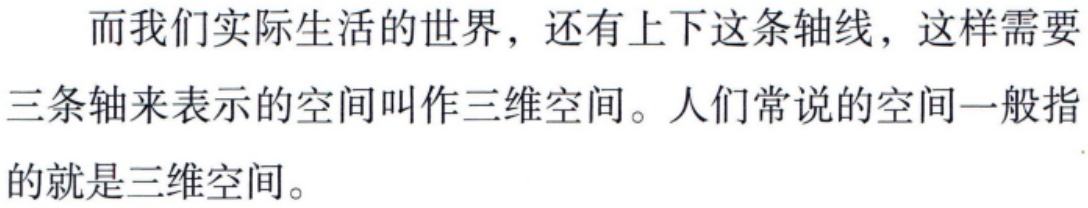
而我们实际生活的世界，还有上下这条轴线，这样需要三条轴来表示的空间叫作三维空间。人们常说的空间一般指的就是三维空间。